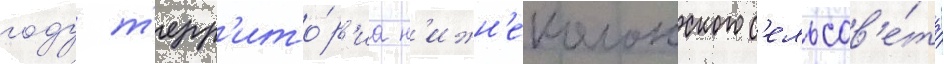
году т'ерр'ито́р'иа н'ижн'еколонского с'ельсов'е́та